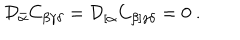
{ \cal D } _ { \bar { \alpha } } C _ { \beta \gamma \delta } = { \cal D } _ { [ \alpha } C _ { \beta ] \gamma \delta } = 0 \ .